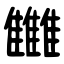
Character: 雦